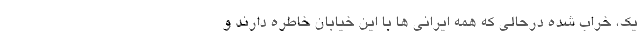
یک، خراب شده درحالی که همه ایرانی ها با این خیابان خاطره دارند و